Annual report on the lock hospitals of the Madras Presidency
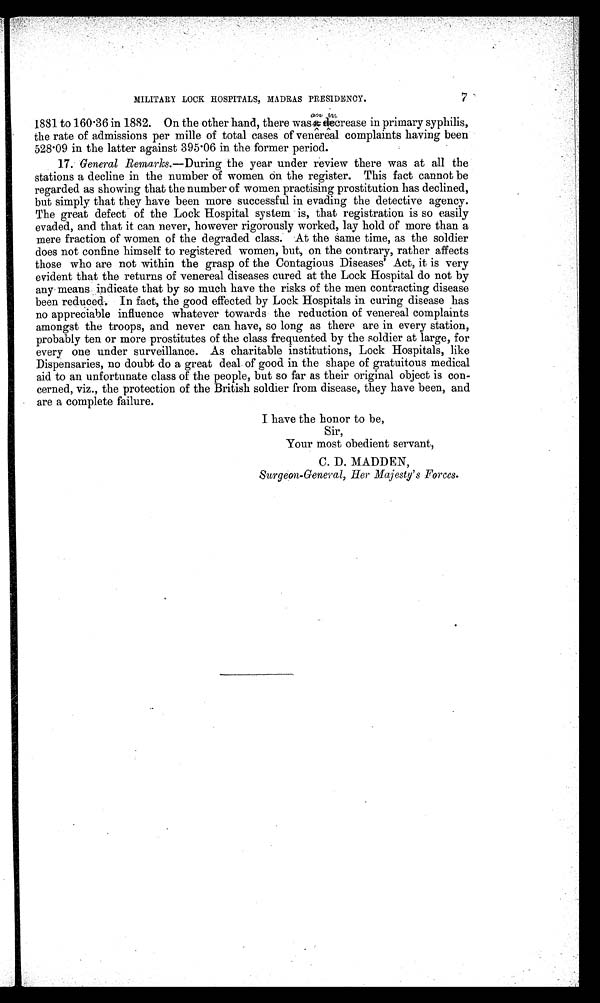
7
MILITARY LOCK HOSPITALS, MADRAS PRESIDENCY.
1881 to 160 . 36 in 1882. On the other hand, there was an increase in primary syphilis,
the rate of admissions per mille of total cases of venereal complaints having been
528·09 in the latter against 395 . 06 in the former period.
17 . General Remarks .—During the year under review there was at all the
stations a decline in the number of women on the register. This fact cannot be
regarded as showing that the number of women practising prostitution has declined,
but simply that they have been more successful in evading the detective agency.
The great defect of the Lock Hospital system is, that registration is so easily
evaded, and that it can never, however rigorously worked, lay hold of more than a
mere fraction of women of the degraded class. At the same time, as the soldier
does not confine himself to registered women, but, on the contrary, rather affects
those who are not within the grasp of the Contagious Diseases' Act, it is very
evident that the returns of venereal diseases cured at the Lock Hospital do not by
any means indicate that by so much have the risks of the men contracting disease
been reduced. In fact, the good effected by Lock Hospitals in curing disease has
no appreciable influence whatever towards the reduction of venereal complaints
amongst the troops, and never can have, so long as there are in every station,
probably ten or more prostitutes of the class frequented by the soldier at large, for
every one under surveillance. As charitable institutions, Lock Hospitals, like
Dispensaries, no doubt do a great deal of good in the shape of gratuitous medical
aid to an unfortunate class of the people, but so far as their original object is con-
cerned, viz., the protection of the British soldier from disease, they have been, and
are a complete failure.
I have the honor to be,
Sir,
Your most obedient servant,
C. D. MADDEN,
Surgeon-General, Her Majesty's Forces.